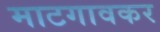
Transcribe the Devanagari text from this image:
माटगावकर